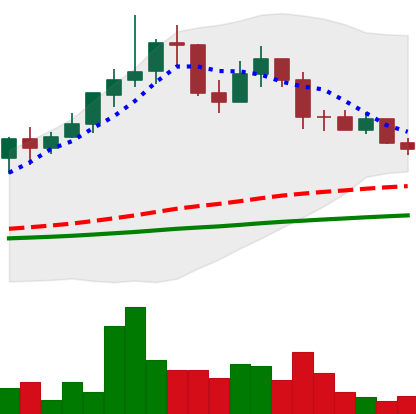
Ticker: LINK-USD
Chart end date: 2019-06-04
Forward return: 21.512%
Label: up_7plus